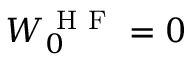
W _ { 0 } ^ { \mathrm { ~ H ~ F ~ } } = 0